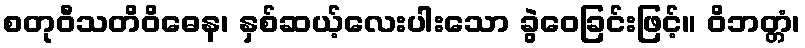
စတုဝီသတိဝိဓေန၊ နှစ်ဆယ့်လေးပါးသော ခွဲဝေခြင်းဖြင့်။ ဝိဘတ္တံ၊